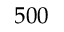
5 0 0